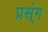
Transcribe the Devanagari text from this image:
प्रस्ंग